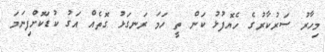
މިހާރު ސަރުކާރުގެ ހެޔޮފުޅު ކަން ތީ ހަމަ ރަނގަޅު ގޮތެއް އަގު ކުޑަކޮށްފިނަމަ